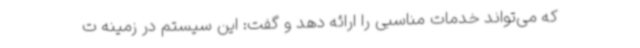
که می‌تواند خدمات مناسبی را ارائه دهد و گفت: این سیستم در زمینه ت